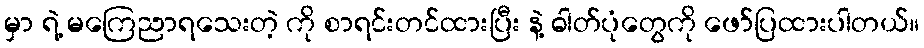
မှာ ရဲ့ မကြေညာရသေးတဲ့ ကို စာရင်းတင်ထားပြီး နဲ့ ဓါတ်ပုံတွေကို ဖော်ပြထားပါတယ်။